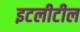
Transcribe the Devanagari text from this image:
इटलीटील